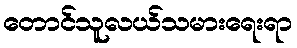
တောင်သူလယ်သမားရေးရာ